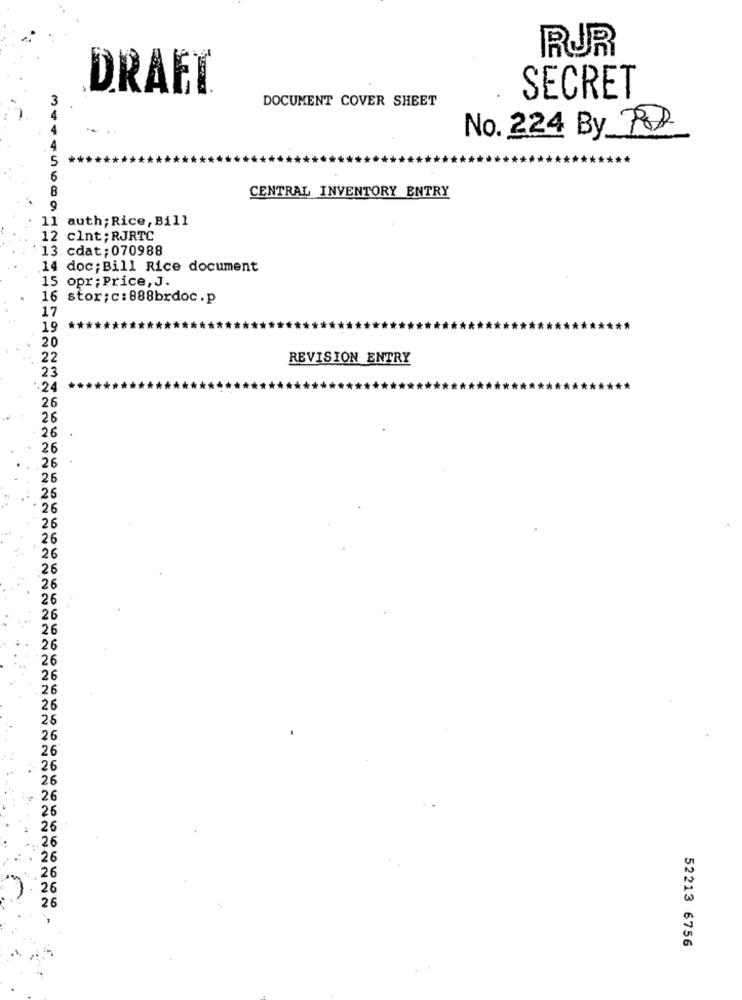
RUR
DRAFT
3
DOCUMENT COVER SHEET
SECRET
4
No. 224 By POD
4
5
6
CENTRAL INVENTORY ENTRY
9
11 auth; Rice, Bill
12 clnt; RJRTC
13. cdat; 070988
.14 doc; Bill Rice document
15 opr; Price, J.
16 stor; c: 888brdoc .p
17
19
20
22
REVISION ENTRY
23
.24
26
26
26
26
26
26
26
26
26
26
26
26
26
26
26
26
26
26
26
26
26
26
26
26
26
26
26
26
26
26
26
26
26
26
52213 6756